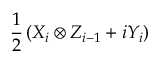
\frac { 1 } { 2 } \left( X _ { i } \otimes Z _ { i - 1 } + i Y _ { i } \right)